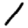
Digit: 1